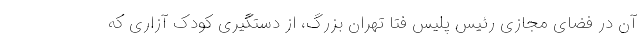
آن در فضای مجازی رئیس پلیس فتا تهران بزرگ، از دستگیری کودک آزاری که